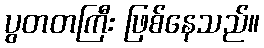
ပွတတကြီး ဖြစ်နေသည်။